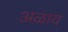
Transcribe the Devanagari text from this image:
अळाय